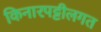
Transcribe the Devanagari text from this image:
किनारपट्टीलगत